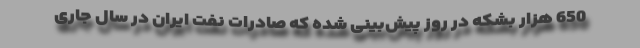
650 هزار بشکه در روز پیش‌بینی شده که صادرات نفت ایران در سال جاری